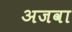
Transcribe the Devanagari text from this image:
अजवा